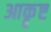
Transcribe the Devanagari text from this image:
आकॄष्ट